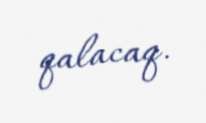
qalacaq.